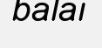
balai